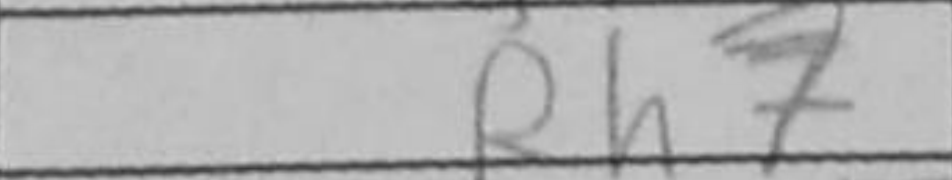
Transcription: Rh7